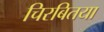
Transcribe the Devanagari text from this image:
चिरबितया